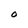
Character: O